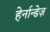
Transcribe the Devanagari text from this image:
हेर्नान्डेज़